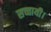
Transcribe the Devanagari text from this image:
सच्चायी।